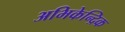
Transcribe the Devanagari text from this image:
अभिकेन्द्रिक